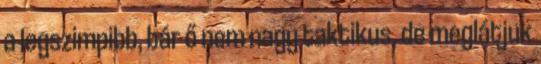
a legszimpibb, bár ő nem nagy taktikus, de meglátjuk